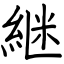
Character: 継